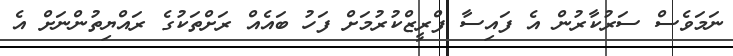
ނަމަވެސް ސަރުކާރުން އެ ފައިސާ ފްރީޒްކުރުމަށް ފަހު ބައެއް ރަށްތަކުގެ ރައްޔިތުންނަށް އެ